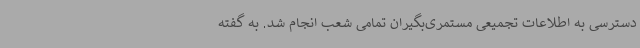
دسترسی به اطلاعات تجمیعی مستمری‌بگیران تمامی شعب انجام شد. به گفته